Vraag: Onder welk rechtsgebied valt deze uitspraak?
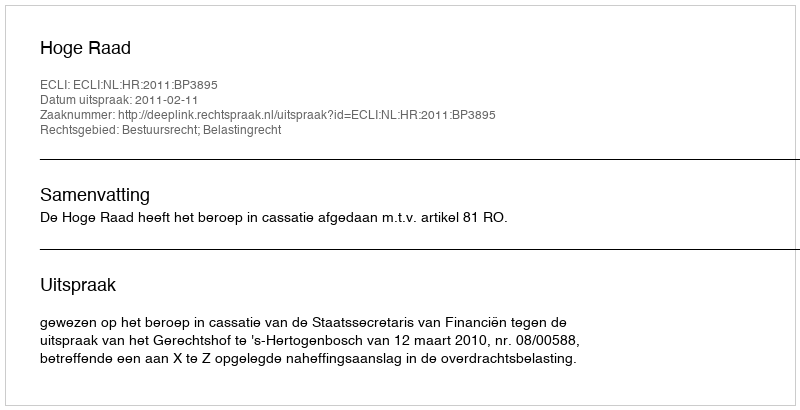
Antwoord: Bestuursrecht; Belastingrecht